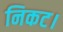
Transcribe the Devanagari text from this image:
निकट।